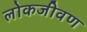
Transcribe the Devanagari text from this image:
लोकजीवण